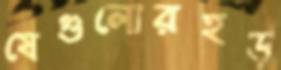
যেগুলোরহড়